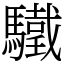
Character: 驖